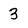
Character: 3